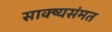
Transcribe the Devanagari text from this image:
साक्ष्यसंमत